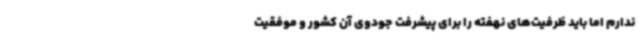
ندارم اما باید ظرفیت‌های نهفته را برای پیشرفت جودوی آن کشور و موفقیت